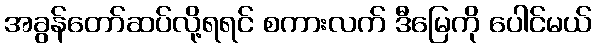
အခွန်တော်ဆပ်လို့ရရင် စကားလက် ဒီမြေကို ပေါင်မယ်